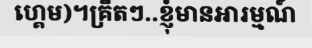
ហ្គេម)។គ្រឺតៗ..ខ្ញុំមានអារម្មណ៍